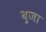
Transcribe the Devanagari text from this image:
बुजा